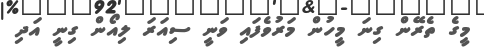
މީގެ ތެރޭން ގިނަ މީހުން މަރުވެފައި ވަނީ ސިއަރަ ލިއޯން ގިނީ އަދި